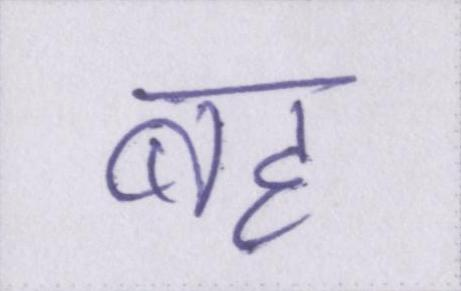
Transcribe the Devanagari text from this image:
बह